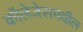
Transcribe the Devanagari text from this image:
कॉलेजेसमधील